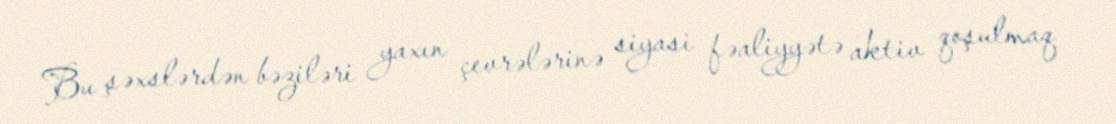
Bu şəxslərdən bəziləri yaxın çevrələrinə siyasi fəaliyyətə aktiv qoşulmaq